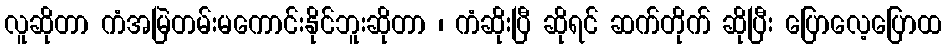
လူဆိုတာ ကံအမြဲတမ်းမကောင်းနိုင်ဘူးဆိုတာ ၊ ကံဆိုးပြီ ဆိုရင် ဆက်တိုက် ဆိုပြီး ပြောလေ့ပြောထ